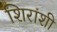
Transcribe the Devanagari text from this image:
शिरांशी